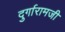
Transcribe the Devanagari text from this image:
दुर्गारामजी